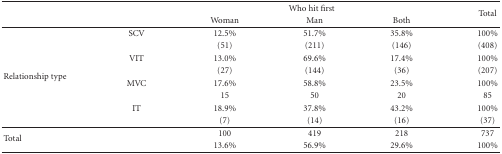
<table><thead><tr><td>[EMPTY_CELL]</td><td>[EMPTY_CELL]</td><td colspan="3"><b>Who hit first</b></td><td rowspan="2"><b>Total</b></td></tr><tr><td>[EMPTY_CELL]</td><td>[EMPTY_CELL]</td><td><b>Woman</b></td><td><b>Man</b></td><td><b>Both </b></td></tr></thead><tbody><tr><td rowspan="8">Relationship type</td><td>SCV</td><td>12.5%</td><td>51.7%</td><td>35.8%</td><td>100%</td></tr><tr><td>[EMPTY_CELL]</td><td>(51)</td><td>(211)</td><td>(146)</td><td>(408)</td></tr><tr><td>VIT</td><td>13.0%</td><td>69.6%</td><td>17.4%</td><td>100%</td></tr><tr><td>[EMPTY_CELL]</td><td>(27)</td><td>(144)</td><td>(36)</td><td>(207)</td></tr><tr><td>MVC</td><td>17.6%</td><td>58.8%</td><td>23.5%</td><td>100%</td></tr><tr><td>[EMPTY_CELL]</td><td>15</td><td>50</td><td>20</td><td>85</td></tr><tr><td>IT</td><td>18.9%</td><td>37.8%</td><td>43.2%</td><td>100%</td></tr><tr><td>[EMPTY_CELL]</td><td>(7)</td><td>(14)</td><td>(16)</td><td>(37)</td></tr><tr><td rowspan="2">Total</td><td>[EMPTY_CELL]</td><td>100</td><td>419</td><td>218</td><td>737</td></tr><tr><td>[EMPTY_CELL]</td><td>13.6%</td><td>56.9%</td><td>29.6%</td><td>100%</td></tr></tbody></table>